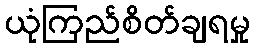
ယုံကြည်စိတ်ချရမှု